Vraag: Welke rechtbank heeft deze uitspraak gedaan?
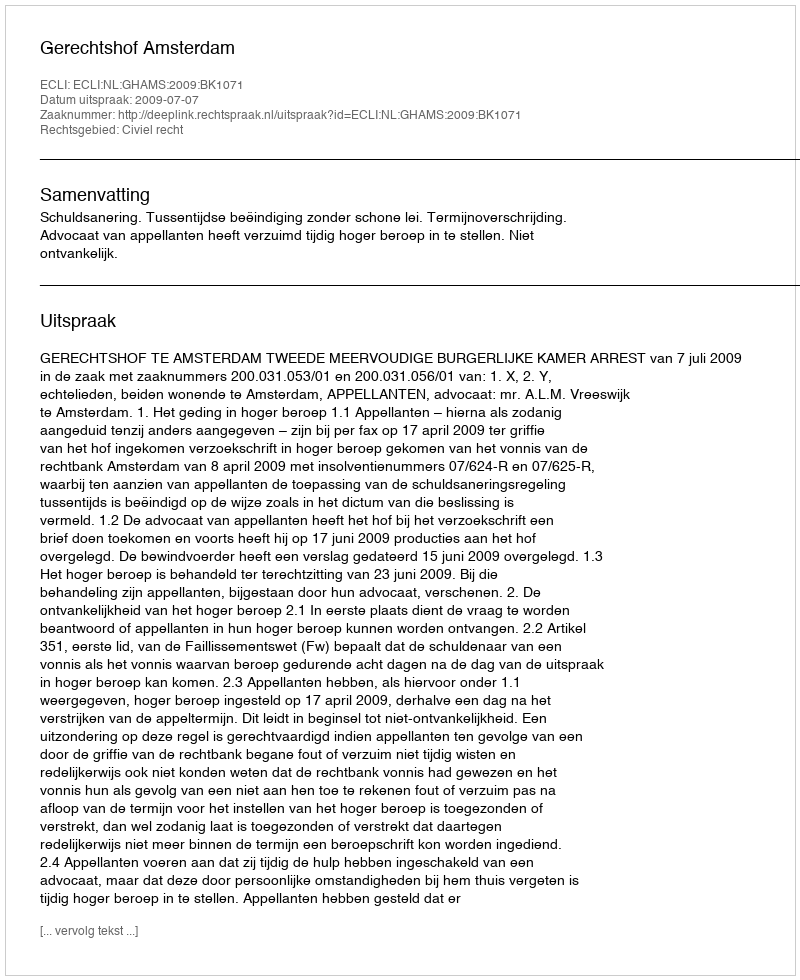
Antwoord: Gerechtshof Amsterdam